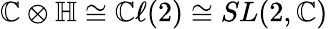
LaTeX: \mathbb{C}\otimes\mathbb{H}\cong\mathbb{C}\ell(2)\cong SL(2,\mathbb{C})